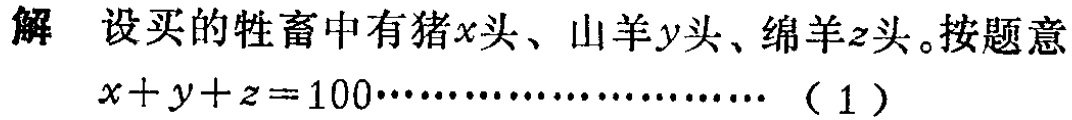
解 设买的牲畜中有猪\(x\)头、山羊\(y\)头、绵羊\(z\)头。按题意

\[

x + y + z = 100\cdots\cdots\cdots\cdots\cdots\cdots\cdots(1)

\]